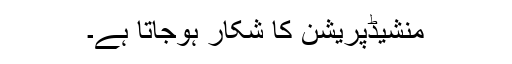
منشّیڈپریشن کا شکار ہوجاتا ہے۔